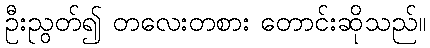
ဦးညွတ်၍ တလေးတစား တောင်းဆိုသည်။